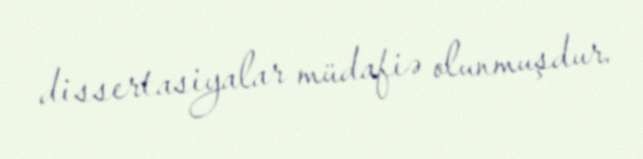
dissertasiyalar müdafiə olunmuşdur.